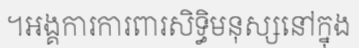
។អង្គការការពារសិទ្ធិមនុស្សនៅក្នុង